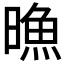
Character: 𣊘